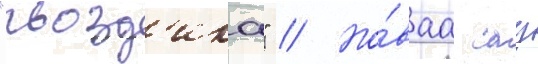
"гвозд'ика" // Но́ваа сау